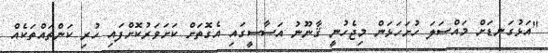
"އަޅުގަނޑަށް މައްސަލަ ހުށަހަޅަން މިޖެހުނީ ޤާނޫނު އަސާސީގައި އެގޮތަށް ކަށަވަރުކޮށްފައި ހުރި ކަންތައްތަކެއް